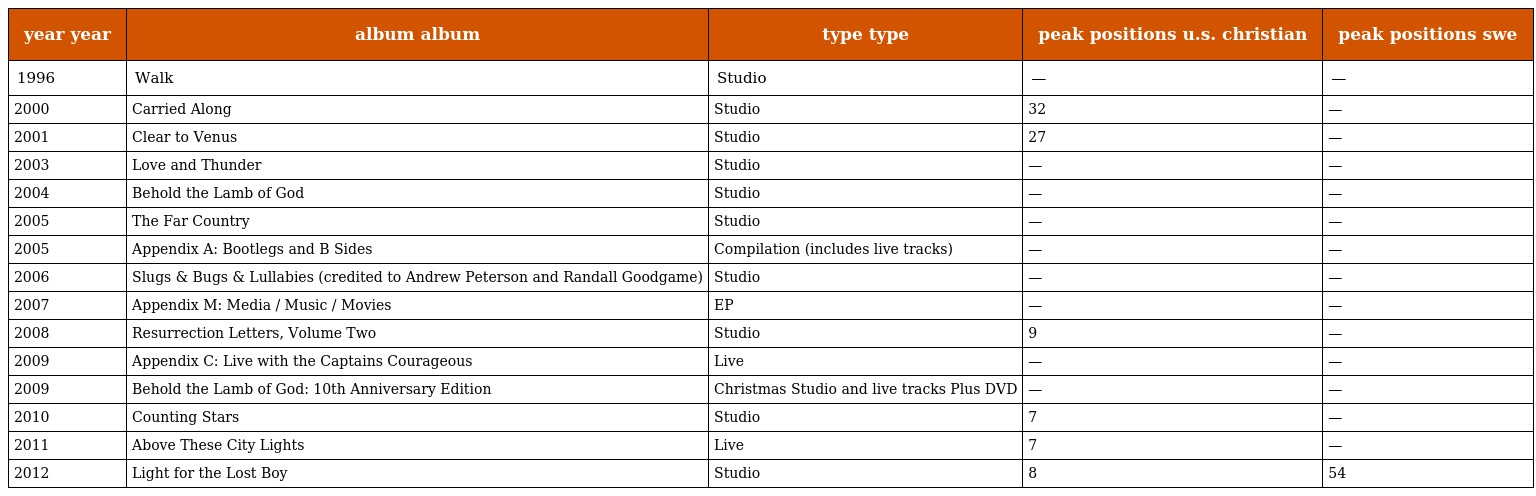
| year year | album album | type type | peak positions u.s. christian | peak positions swe |
 | --- | --- | --- | --- | --- |
 | 1996 | Walk | Studio | — | — |
 | 2000 | Carried Along | Studio | 32 | — |
 | 2001 | Clear to Venus | Studio | 27 | — |
 | 2003 | Love and Thunder | Studio | — | — |
 | 2004 | Behold the Lamb of God | Studio | — | — |
 | 2005 | The Far Country | Studio | — | — |
 | 2005 | Appendix A: Bootlegs and B Sides | Compilation (includes live tracks) | — | — |
 | 2006 | Slugs & Bugs & Lullabies (credited to Andrew Peterson and Randall Goodgame) | Studio | — | — |
 | 2007 | Appendix M: Media / Music / Movies | EP | — | — |
 | 2008 | Resurrection Letters, Volume Two | Studio | 9 | — |
 | 2009 | Appendix C: Live with the Captains Courageous | Live | — | — |
 | 2009 | Behold the Lamb of God: 10th Anniversary Edition | Christmas Studio and live tracks Plus DVD | — | — |
 | 2010 | Counting Stars | Studio | 7 | — |
 | 2011 | Above These City Lights | Live | 7 | — |
 | 2012 | Light for the Lost Boy | Studio | 8 | 54 |